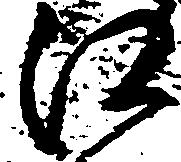
江